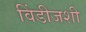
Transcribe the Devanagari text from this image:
विंडीजशी